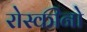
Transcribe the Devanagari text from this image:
रोस्कीनो